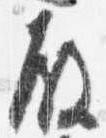
殿